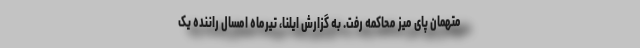
متهمان پای میز محاکمه رفت. به گزارش ایلنا، تیرماه امسال راننده یک